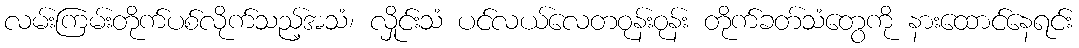
လမ်းကြမ်းတိုက်ပစ်လိုက်သည့်အသံ၊ လှိုင်းသံ ပင်လယ်လေတဝုန်းဝုန်း တိုက်ခတ်သံတွေကို နားထောင်နေရင်း